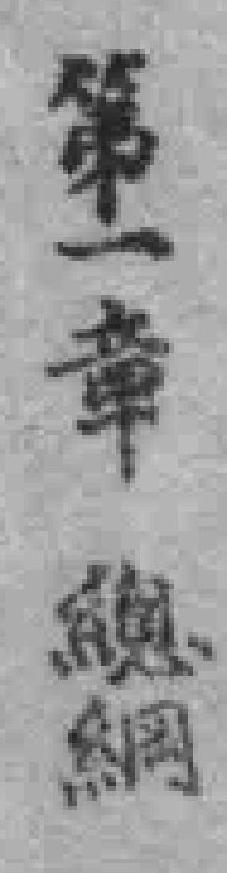
第一章 總綱